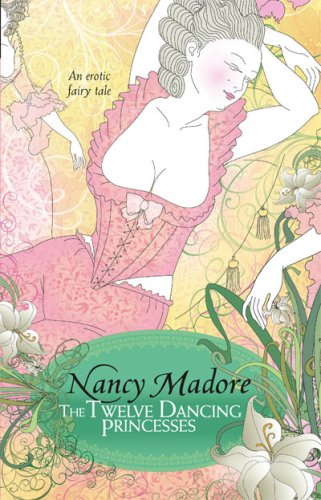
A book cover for The Twelve Dancing Princesses; Nancy Madore; Romance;